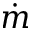
\dot { m }